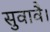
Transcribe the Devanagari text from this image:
सुवावै।